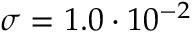
\sigma = 1 . 0 \cdot 1 0 ^ { - 2 }